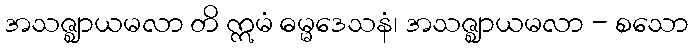
အသဇ္ဈာယမလာ တိ ဣမံ ဓမ္မဒေသနံ၊ အသဇ္ဈာယမလာ - စသော